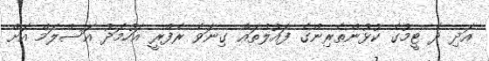
އަދި ދެ ޓީމުގެ ކުޅުންތެރިންގެ ފައުލްތައް ގިނަވެ ރެފްރީ އަހުމަދު އަސްލަމް އަށް